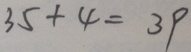
3 5 + 4 = 3 9